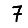
Digit: 7